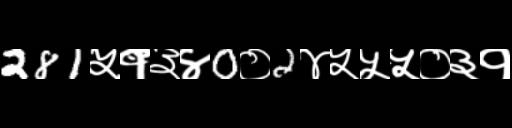
Text: 281५१३४0०2४५५५०३१